Civil Veterinary Dept. North-West Frontier Province 1933-46 - 1933-1946
Year: 1933
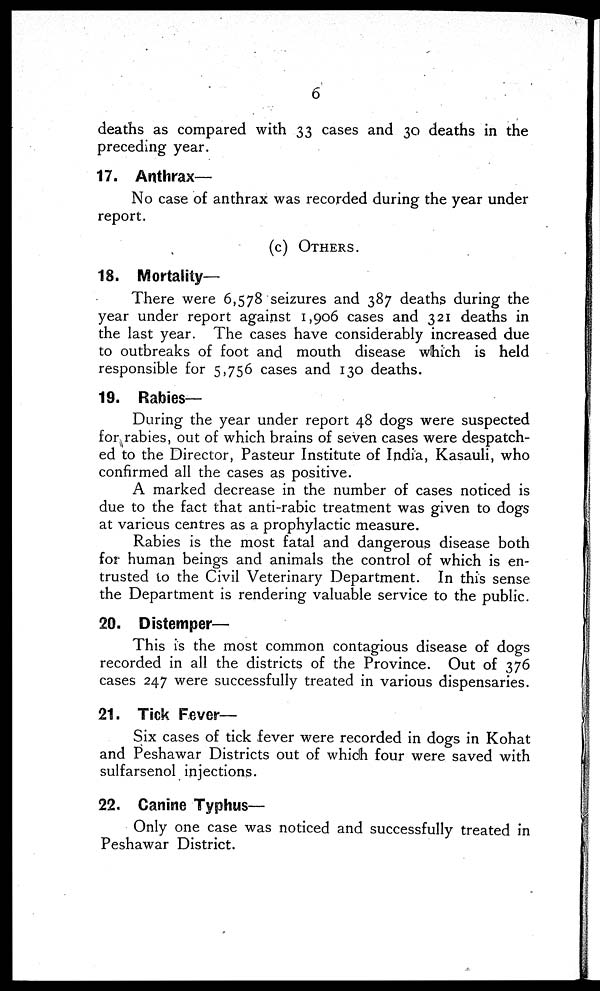
6
deaths as compared with 33 cases and 30 deaths in the
preceding year.
17. Anthrax—
No case of anthrax was recorded during the year under
report.
(c) OTHERS.
18. Mortality—
There were 6,578 seizures and 387 deaths during the
year under report against 1,906 cases and 321 deaths in
the last year. The cases have considerably increased due
to outbreaks of foot and mouth disease which is held
responsible for 5,756 cases and 130 deaths.
19. Rabies—
During the year under report 48 dogs were suspected
for rabies, out of which brains of seven cases were despatch-
ed to the Director, Pasteur Institute of India, Kasauli, who
confirmed all the cases as positive.
A marked decrease in the number of cases noticed is
due to the fact that anti-rabic treatment was given to dogs
at various centres as a prophylactic measure.
Rabies is the most fatal and dangerous disease both
for human beings and animals the control of which is en-
trusted to the Civil Veterinary Department. In this sense
the Department is rendering valuable service to the public.
20. Distemper—
This is the most common contagious disease of dogs
recorded in all the districts of the Province. Out of 376
cases 247 were successfully treated in various dispensaries.
21. Tick Fever—
Six cases of tick fever were recorded in dogs in Kohat
and Peshawar Districts out of which four were saved with
sulfarsenol injections.
22. Canine Typhus—
Only one case was noticed and successfully treated in
Peshawar District.